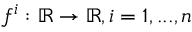
f ^ { i } : \mathbb { R } \rightarrow \mathbb { R } , i = 1 , . . . , n